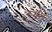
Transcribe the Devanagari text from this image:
रुर्की